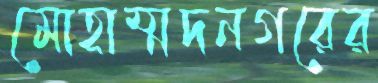
মোহাম্মদনগরের